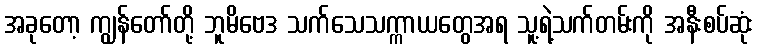
အခုတော့ ကျွန်တော်တို့ ဘူမိဗေဒ သက်သေသက္ကာယတွေအရ သူ့ရဲ့သက်တမ်းကို အနီးစပ်ဆုံး